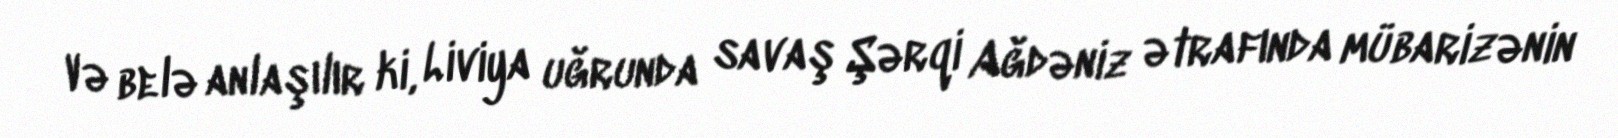
Və belə anlaşılır ki, Liviya uğrunda savaş Şərqi Ağdəniz ətrafında mübarizənin